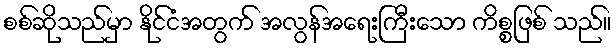
စစ်ဆိုသည်မှာ နိုင်ငံအတွက် အလွန်အရေးကြီးသော ကိစ္စဖြစ် သည်။